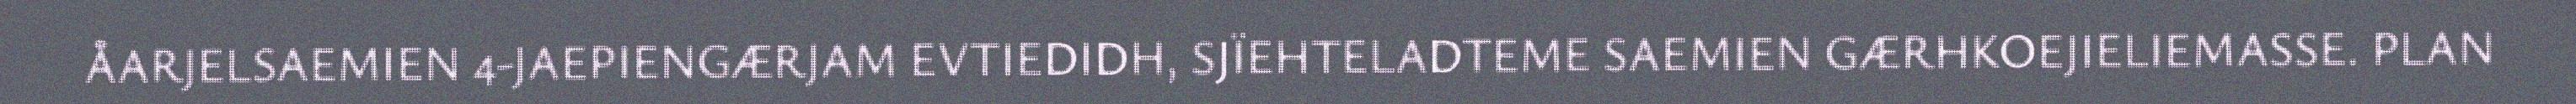
ÅARJELSAEMIEN 4-JAEPIENGÆRJAM EVTIEDIDH, SJÏEHTELADTEME SAEMIEN GÆRHKOEJIELIEMASSE. PLAN